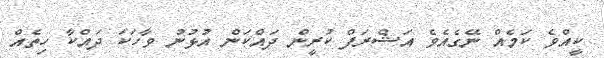
ކީއްވެ ކަމެއް ނޭގެއެވެ އަޝްރަފް ކުރީން ދައްކަން އުޅުނު ވާހަކަ ދައްކާ ހިތެއް